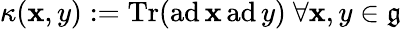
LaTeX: \kappa(\mathbf{x},y):={\textrm{{Tr}}}({\textrm{{ad}}}\, \mathbf{x}\, {\textrm{{ad}}}\, y)\ \forall\mathbf{x},y\in{\mathfrak{{g}}}